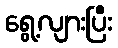
ရွေ့လျားပြီး